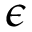
\epsilon